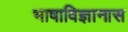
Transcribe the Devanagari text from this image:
भाषाविज्ञानास